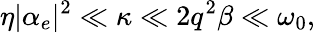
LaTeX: \eta|\alpha_{e}|^{2}\ll\kappa\ll 2q^{2}\beta\ll\omega_{0},